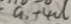
a _ { 1 } + 4 d